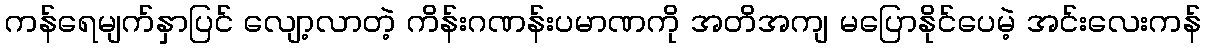
ကန်ရေမျက်နှာပြင် လျော့လာတဲ့ ကိန်းဂဏန်းပမာဏကို အတိအကျ မပြောနိုင်ပေမဲ့ အင်းလေးကန်